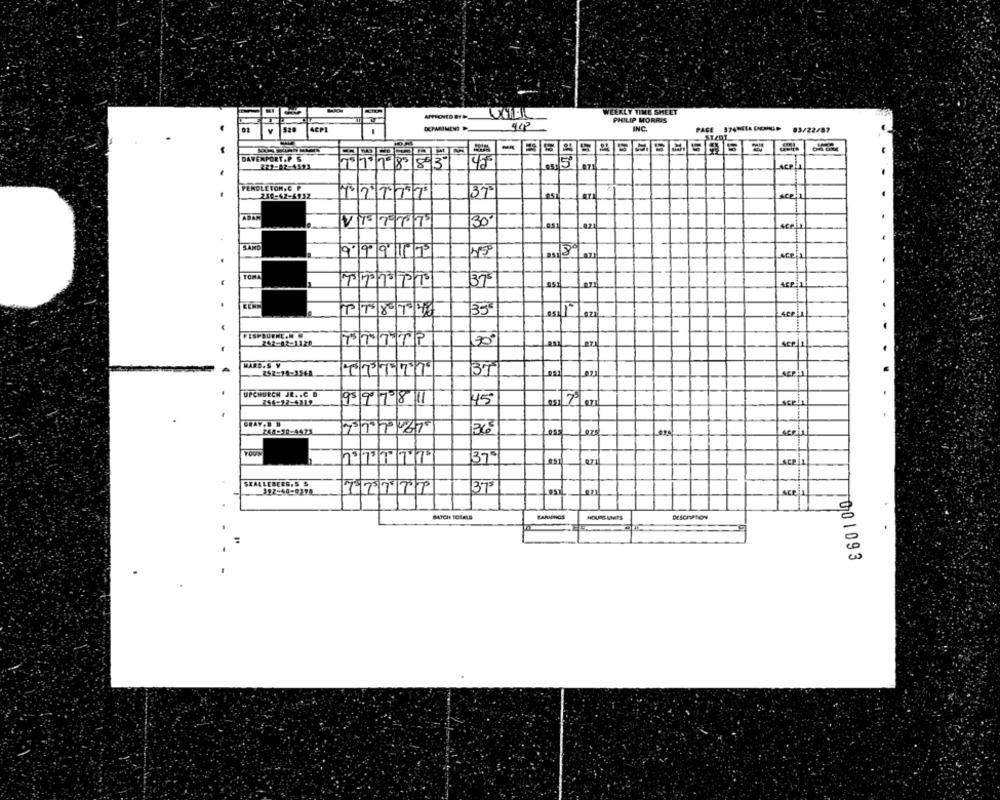
WEEKLY TIME SHEET
PHILIP MORRIS
01
52
INC
PAGE 374MIA DOINGP 03/22/87
V
-
DAVENPORTAP S
221-82-4523
45
PENDLETON,C P
375
210-42-4132
Scal
VITTT
30
SAND
-
9.9 9 17
scela
TOMA
PPEPT
AEP:1
35
sep 1
PESPBUENE.M M
252-02-1126
30
SCP
HARD.S V
252-11-3542
37
SEP
UPCHURCH JR .. C D
756-22-4312
95979811
45
057
scan
248-10-4475
ACRin
YOUN
137º
Acei
SEALLEBERG,S S
TTTTP
375
Ace
BATCH TOLALS
FARUNGS
001093